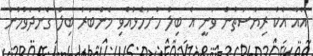
އެއާ އެކު ރިޔާސަތުން ވަނީ އެ ބިލް ހުށަހެޅުއްވި މެންބަރު ބިލް ގެންދެވުމުން